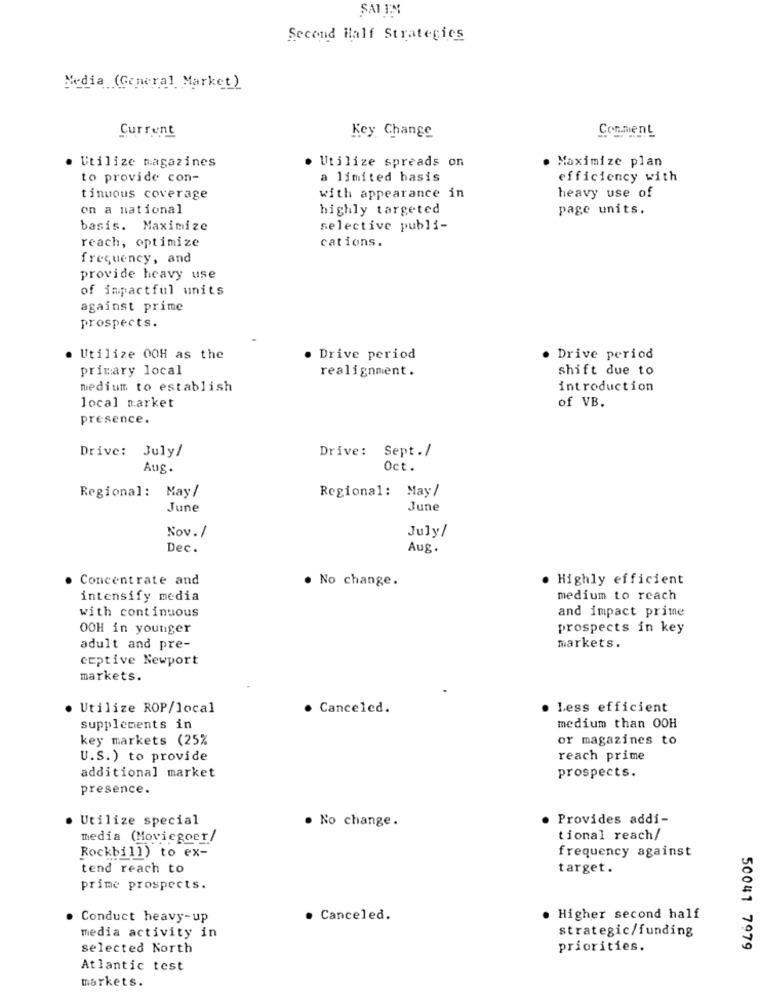
SAI IM
Second Half Strategies
Media (General Market)
Current
Comment
Key Change
Utilize magazines
Utilize spreads on
Maximize plan
to provide con-
a limited basis
efficiency with
tinuous coverage
with appearance in
heavy use of
on a national
highly targeted
page units.
basis. Maximize
selective publi-
reach, optimize
cations.
frequency, and
provide heavy use
of impactful units
against prime
prospects.
. Utilize OOH as the
. Drive period
· Drive period
primary local
realignment.
shift due to
medium to establish
introduction
local market
of VB.
presence.
Drive: July/
Drive: Sept ./
Aug.
Oct.
Regional: May/
Regional: May/
June
June
Nov. /
July/
Dec.
Aug.
Concentrate and
. No change.
· Highly efficient
intensify media
medium to reach
and impact prime
with continuous
OOH in younger
prospects in key
markets.
adult and pre-
ceptive Newport
markets.
Utilize ROP/local
· Canceled.
Less efficient
supplements in
medium than OOH
key markets (25%
or magazines to
U.S.) to provide
reach prime
additional market
prospects.
presence.
Utilize special
. No change.
Provides addi-
media (Moviegoer/
tional reach/
frequency against
Rockbill) to ex-
tend reach to
target.
prime prospects.
· Conduct heavy-up
· Canceled.
. Higher second half
strategic/funding
media activity in
selected North
priorities.
50041 7979
Atlantic test
markets.